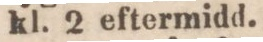
kl. 2 eftermidd.